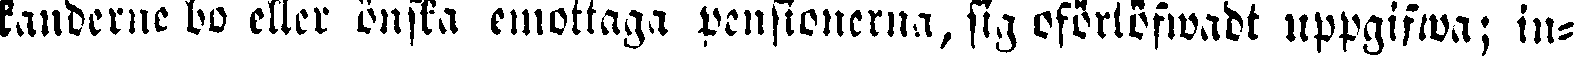
landerne bo eller önska emottaga pensionerna, sig oförlöfwadt uppgifwa; in-